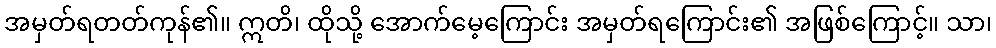
အမှတ်ရတတ်ကုန်၏။ ဣတိ၊ ထိုသို့ အောက်မေ့ကြောင်း အမှတ်ရကြောင်း၏ အဖြစ်ကြောင့်။ သာ၊